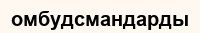
омбудсмандарды